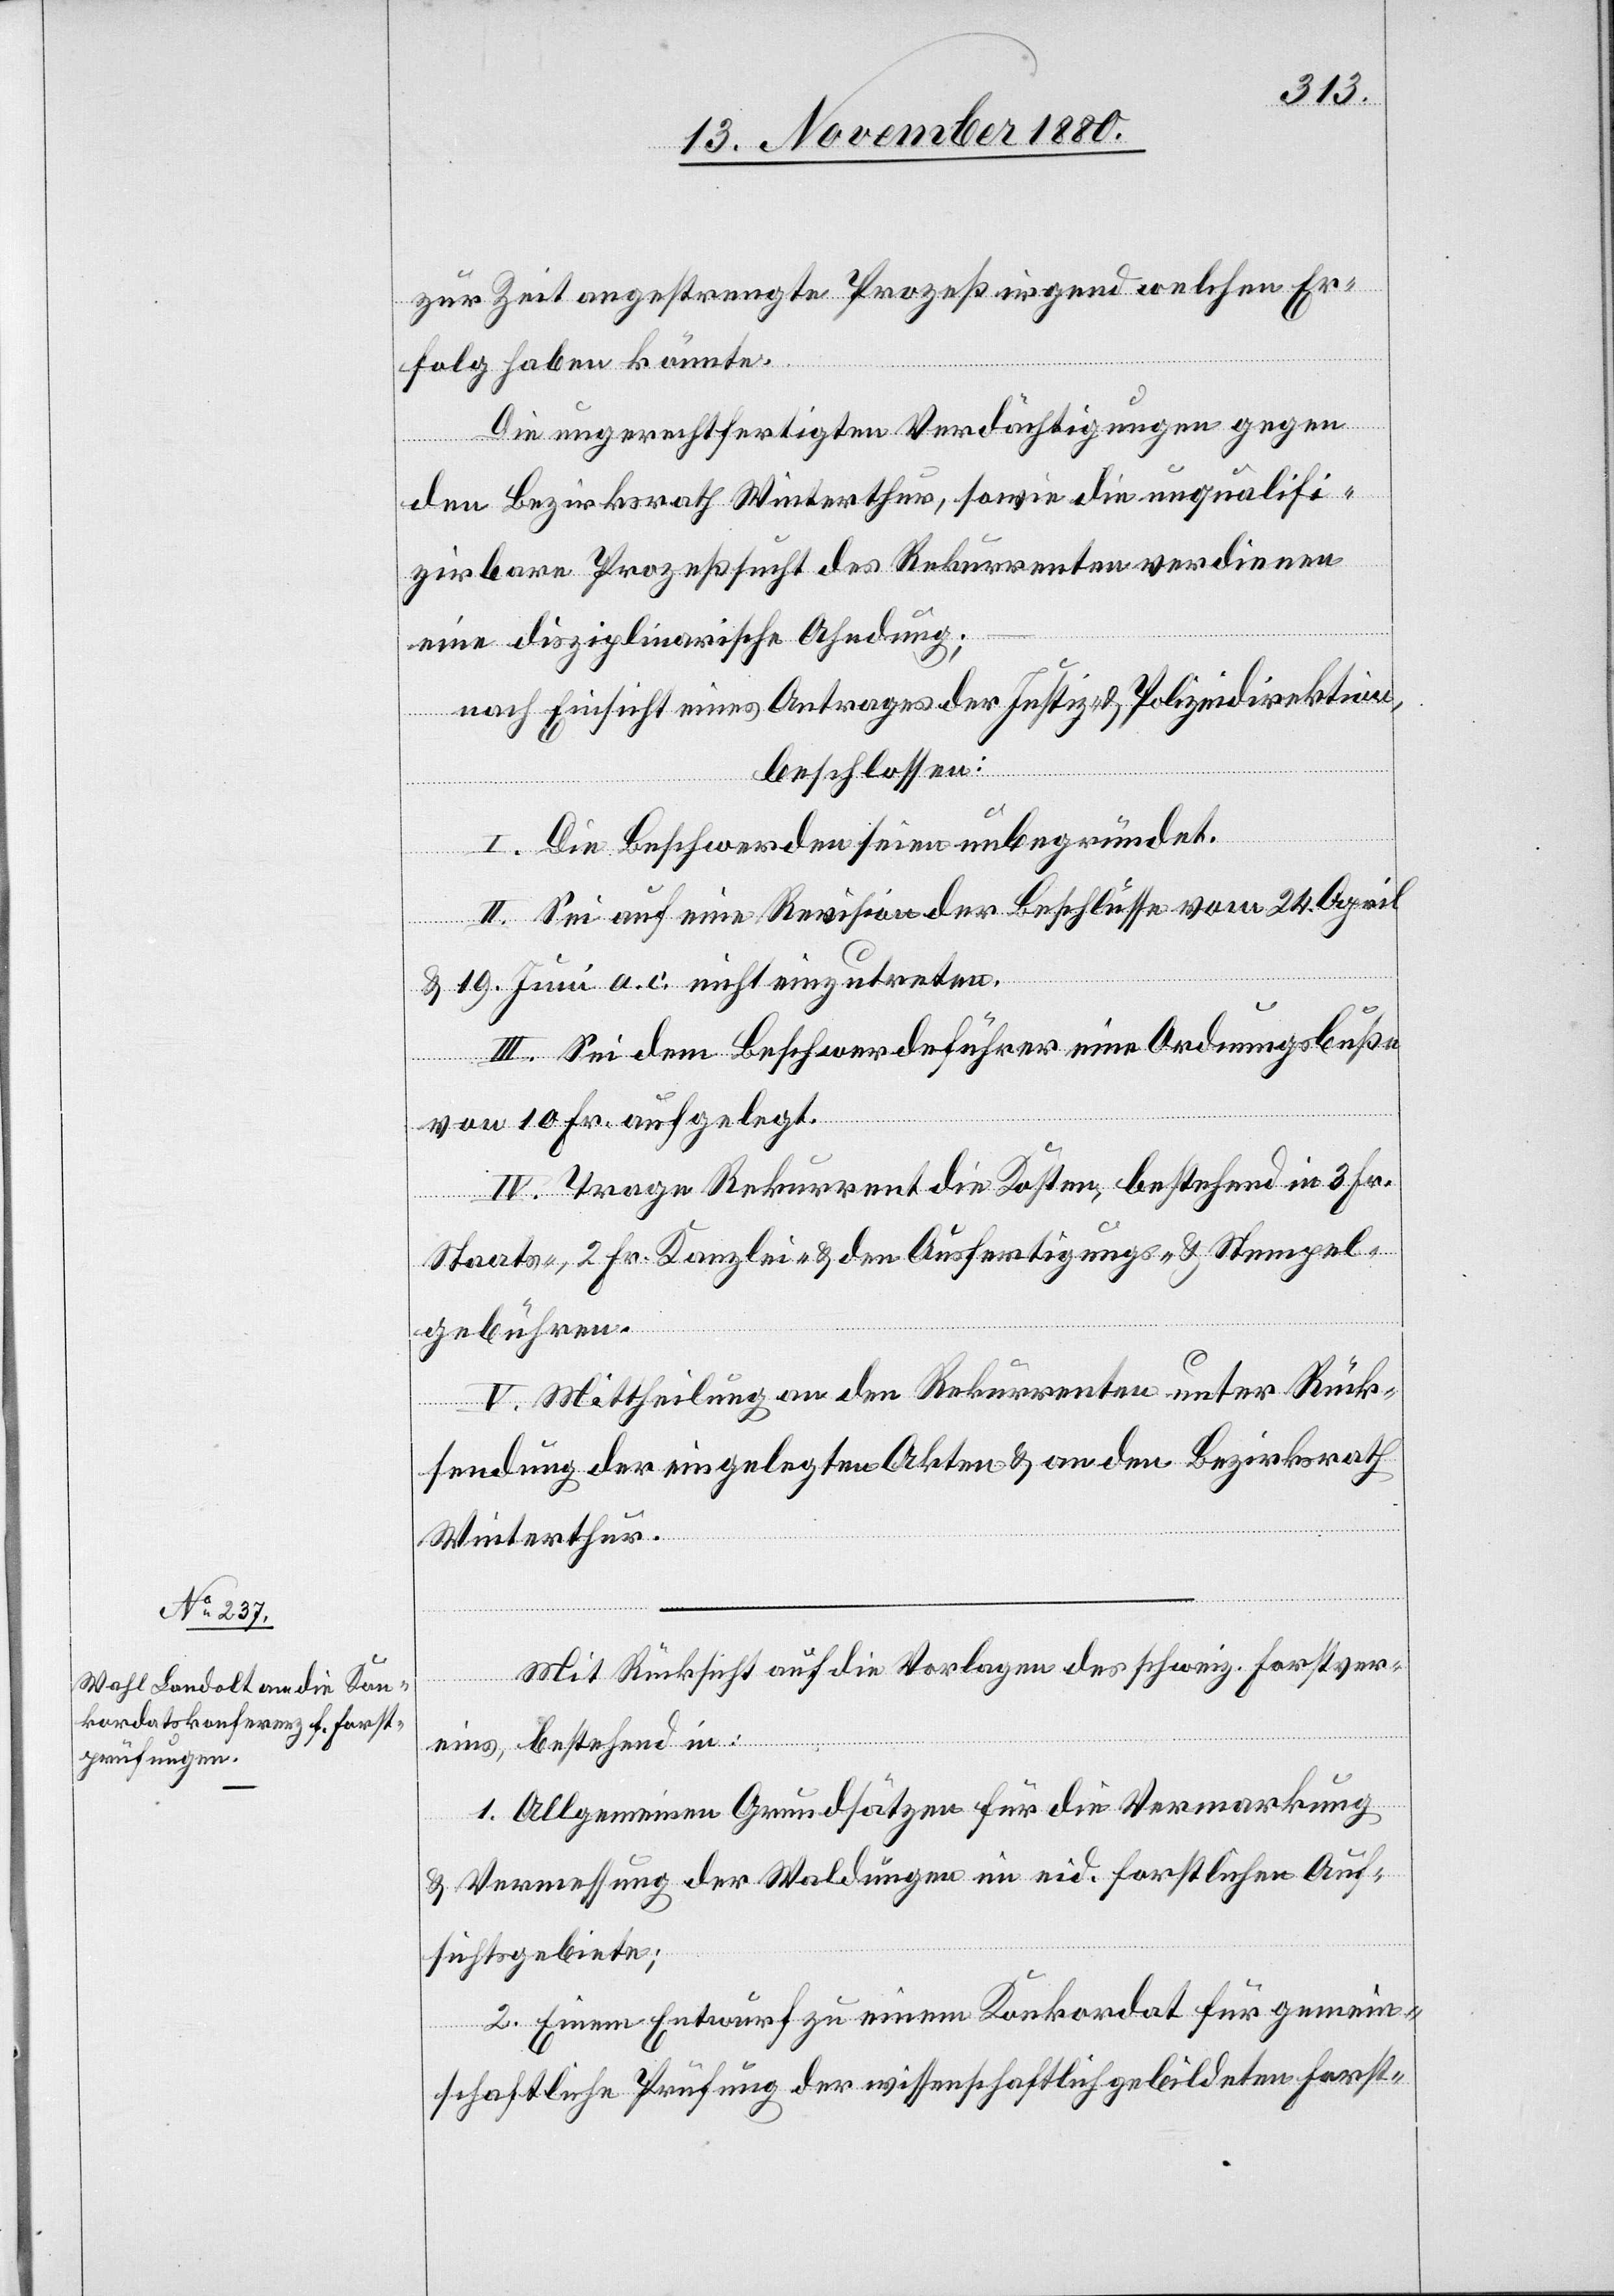
zur Zeit angestrengte Prozeß irgend welchen Er¬
folg haben könnte.
Die ungerechtfertigten Verdächtigungen gegen
den Bezirksrath Winterthur, sowie die unqualifi¬
zirbare Prozeßsucht des Rekurrenten verdienen
eine disziplinarische Ahndung;
nach Einsicht eines Antrages der Justiz- & Polizeidirektion,
beschlossen:
I. Die Beschwerde ist unbegründet.
II. Sei auf eine Revision der Beschlüsse vom 24. April
& 19. Juni a. c. nicht einzutreten.
III. Sei dem Beschwerdeführer eine Ordnungsbuße
von 10 Fr. aufgelegt.
IV. Trage Rekurrent die Kosten, bestehend in 3 Fr.
Staats-, 2 Fr. Kanzlei- & den Ausfertigungs- & Stempel¬
gebühren.
V. Mittheilung an den Rekurrenten unter Rück¬
sendung der eingelegten Akten & an den Bezirksrath
Winterthur.
Mit Rücksicht auf die Vorlagen des schweiz. Forstver¬
eins, bestehend in:
1. Allgemeinen Grundsätzen für die Vermarkung
& Vermessung der Waldungen im eid. forstlichen Auf¬
sichtsgebiete;
2. Einen Entwurf zu einem Konkordat für gemein¬
schaftliche Prüfung der wissenschaftlich gebildeten Forst-